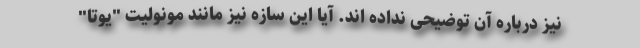
نیز درباره آن توضیحی نداده اند. آیا این سازه نیز مانند مونولیت "یوتا"